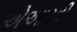
એઆરવી